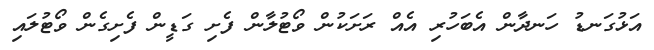
އަޅުގަނޑު ހަނދާން އެބަހުރި އެއް ރަށަކުން ވޯޓުލާން ފެށި ގަޑީން ފެށިގެން ވޯޓުލައި